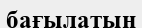
бағылатын